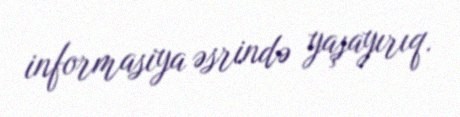
informasiya əsrində yaşayırıq.